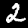
Label: 2